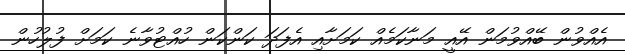
އެއްވުން ބޭއްވުމަން އޭއީ މަނާކަމެއް ކަމަށާއި އެފަދަ ކަންކަން ހުއްޓުވާނެ ކަމަށް ފުލުހުން